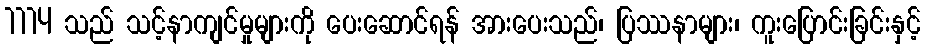
1114 သည် သင့်နာကျင်မှုများကို ပေးဆောင်ရန် အားပေးသည်၊ ပြဿနာများ၊ ကူးပြောင်းခြင်းနှင့်